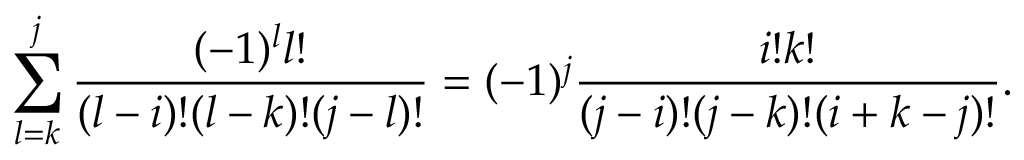
\sum _ { l = k } ^ { j } { \frac { ( - 1 ) ^ { l } l ! } { ( l - i ) ! ( l - k ) ! ( j - l ) ! } } = ( - 1 ) ^ { j } { \frac { i ! k ! } { ( j - i ) ! ( j - k ) ! ( i + k - j ) ! } } .